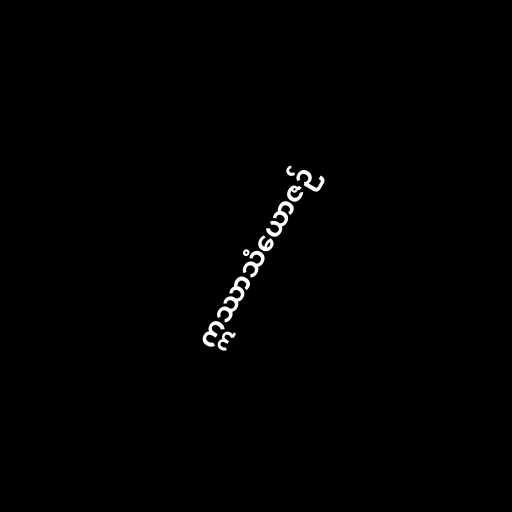
ဣဿာသံယောဇဉ်